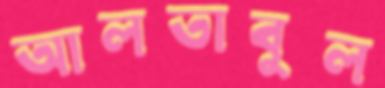
আলতাবুল